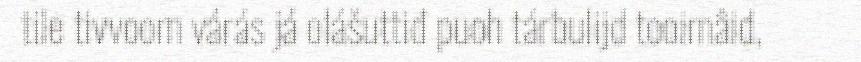
tile tivvoom várás já olášuttiđ puoh tárbulijd tooimâid,